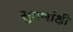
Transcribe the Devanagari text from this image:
सुवर्णाक्षी